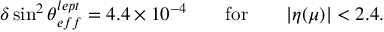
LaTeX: \delta \sin ^ { 2 } \theta _ { e f f } ^ { l e p t } = 4 . 4 \times 1 0 ^ { - 4 } \qquad \mathrm { f o r } \qquad | \eta ( \mu ) | < 2 . 4 .